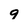
Character: g